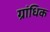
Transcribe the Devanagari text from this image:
ग्रांधिक